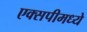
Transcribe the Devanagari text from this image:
एक्सपीमध्ये